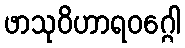
ဖာသုဝိဟာရဝဂ္ဂေါ